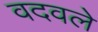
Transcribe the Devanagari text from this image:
वदवले